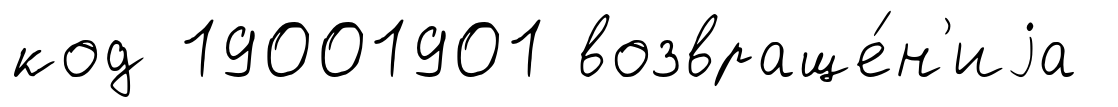
код 19001901 возвраще́н'иjа